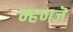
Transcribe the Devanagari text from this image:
म्हणजॆ